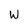
Character: W